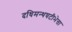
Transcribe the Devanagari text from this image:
दधिमन्थघटीभेत्ता